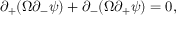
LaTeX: \partial _ { + } ( \Omega \partial _ { - } \psi ) + \partial _ { - } ( \Omega \partial _ { + } \psi ) = 0 ,